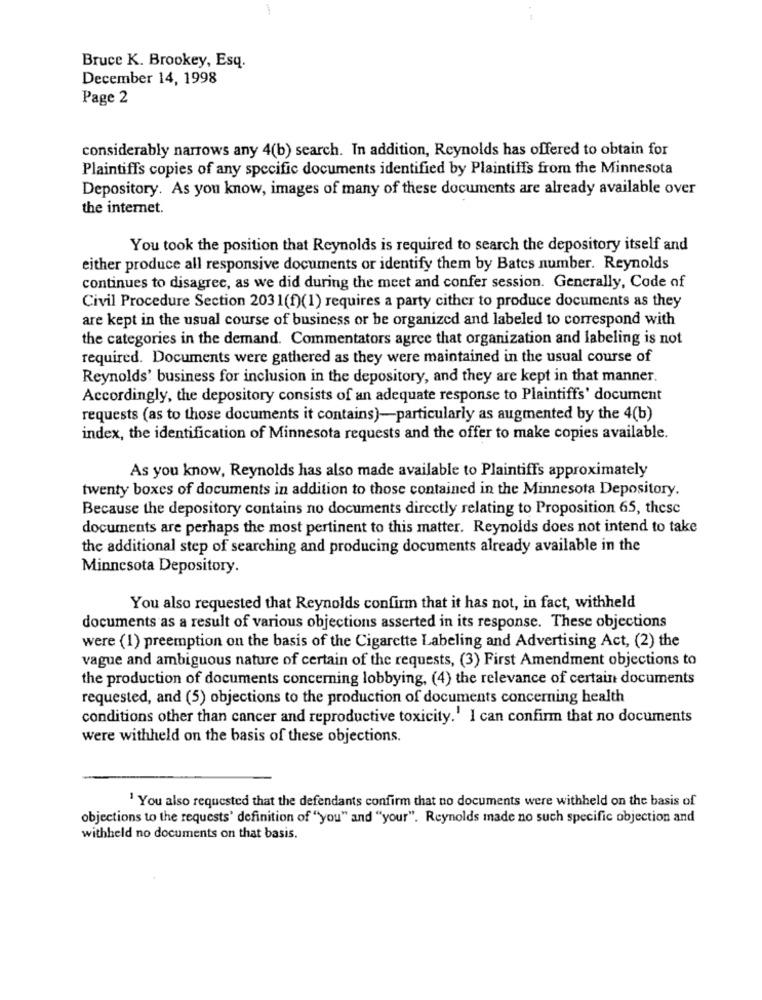
. -
Bruce K. Brookey, Esq.
December 14, 1998
Page 2
considerably narrows any 4(b) search. In addition, Reynolds has offered to obtain for
Plaintiffs copies of any specific documents identified by Plaintiffs from the Minnesota
Depository. As you know, images of many of these documents are already available over
the internet.
You took the position that Reynolds is required to search the depository itself and
either produce all responsive documents or identify them by Bates number. Reynolds
continues to disagree, as we did during the meet and confer session. Generally, Code of
Civil Procedure Section 2031(f)(1) requires a party cither to produce documents as they
are kept in the usual course of business or be organized and labeled to correspond with
the categories in the demand. Commentators agree that organization and labeling is not
required. Documents were gathered as they were maintained in the usual course of
Reynolds' business for inclusion in the depository, and they are kept in that manner.
Accordingly, the depository consists of an adequate response to Plaintiffs' document
requests (as to those documents it contains)-particularly as augmented by the 4(b)
index, the identification of Minnesota requests and the offer to make copies available.
As you know, Reynolds has also made available to Plaintiffs approximately
twenty boxes of documents in addition to those contained in the Minnesota Depository.
Because the depository contains no documents directly relating to Proposition 65, these
documents are perhaps the most pertinent to this matter. Reynolds does not intend to take
the additional step of searching and producing documents already available in the
Minnesota Depository.
You also requested that Reynolds confirm that it has not, in fact, withheld
documents as a result of various objections asserted in its response. These objections
were (1) preemption on the basis of the Cigarette Labeling and Advertising Act, (2) the
vague and ambiguous nature of certain of the requests, (3) First Amendment objections to
the production of documents concerning lobbying, (4) the relevance of certain documents
requested, and (5) objections to the production of documents concerning health
conditions other than cancer and reproductive toxicity.' I can confirm that no documents
were withheld on the basis of these objections.
1 You also requested that the defendants confirm that no documents were withheld on the basis of
objections to the requests' definition of "you" and "your". Reynolds made no such specific objection and
withheld no documents on that basis.